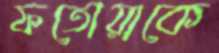
ফতোয়াকে